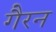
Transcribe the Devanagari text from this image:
गैरन